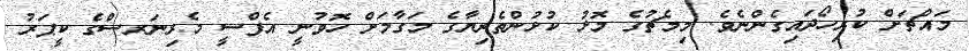
މައްޗަށް ކުރިހޯދައިގެންނެވެ. މިމެޗުގެ މޮޅު ކުޅުންތެރިޔާގެ މަގާމަށް ހޮވުނީ އެފްސީ މެރިނަރސްގެ ކީޕަރު